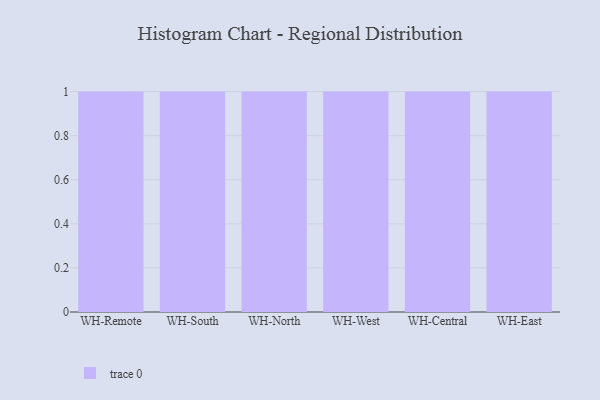
{"axis": {"x": "Warehouse", "y": "Energy Usage (MWh)"}, "legend": [""], "data": [{"x": "WH-Remote", "y": 98, "type": ""}, {"x": "WH-South", "y": 65, "type": ""}, {"x": "WH-North", "y": 28, "type": ""}, {"x": "WH-West", "y": 52, "type": ""}, {"x": "WH-Central", "y": 49, "type": ""}, {"x": "WH-East", "y": 51, "type": ""}]}